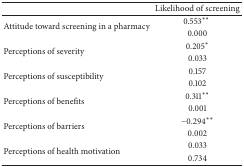
<table><thead><tr><td><b> </b></td><td><b>Likelihood of screening </b></td></tr></thead><tbody><tr><td rowspan="2">Attitude toward screening in a pharmacy </td><td>0.553**</td></tr><tr><td>0.000 </td></tr><tr><td rowspan="2">Perceptions of severity </td><td>0.205*</td></tr><tr><td>0.033 </td></tr><tr><td rowspan="2">Perceptions of susceptibility </td><td>0.157 </td></tr><tr><td>0.102 </td></tr><tr><td rowspan="2">Perceptions of benefits </td><td>0.311**</td></tr><tr><td>0.001 </td></tr><tr><td rowspan="2">Perceptions of barriers </td><td>−0.294**</td></tr><tr><td>0.002 </td></tr><tr><td rowspan="2">Perceptions of health motivation </td><td>0.033 </td></tr><tr><td>0.734 </td></tr></tbody></table>